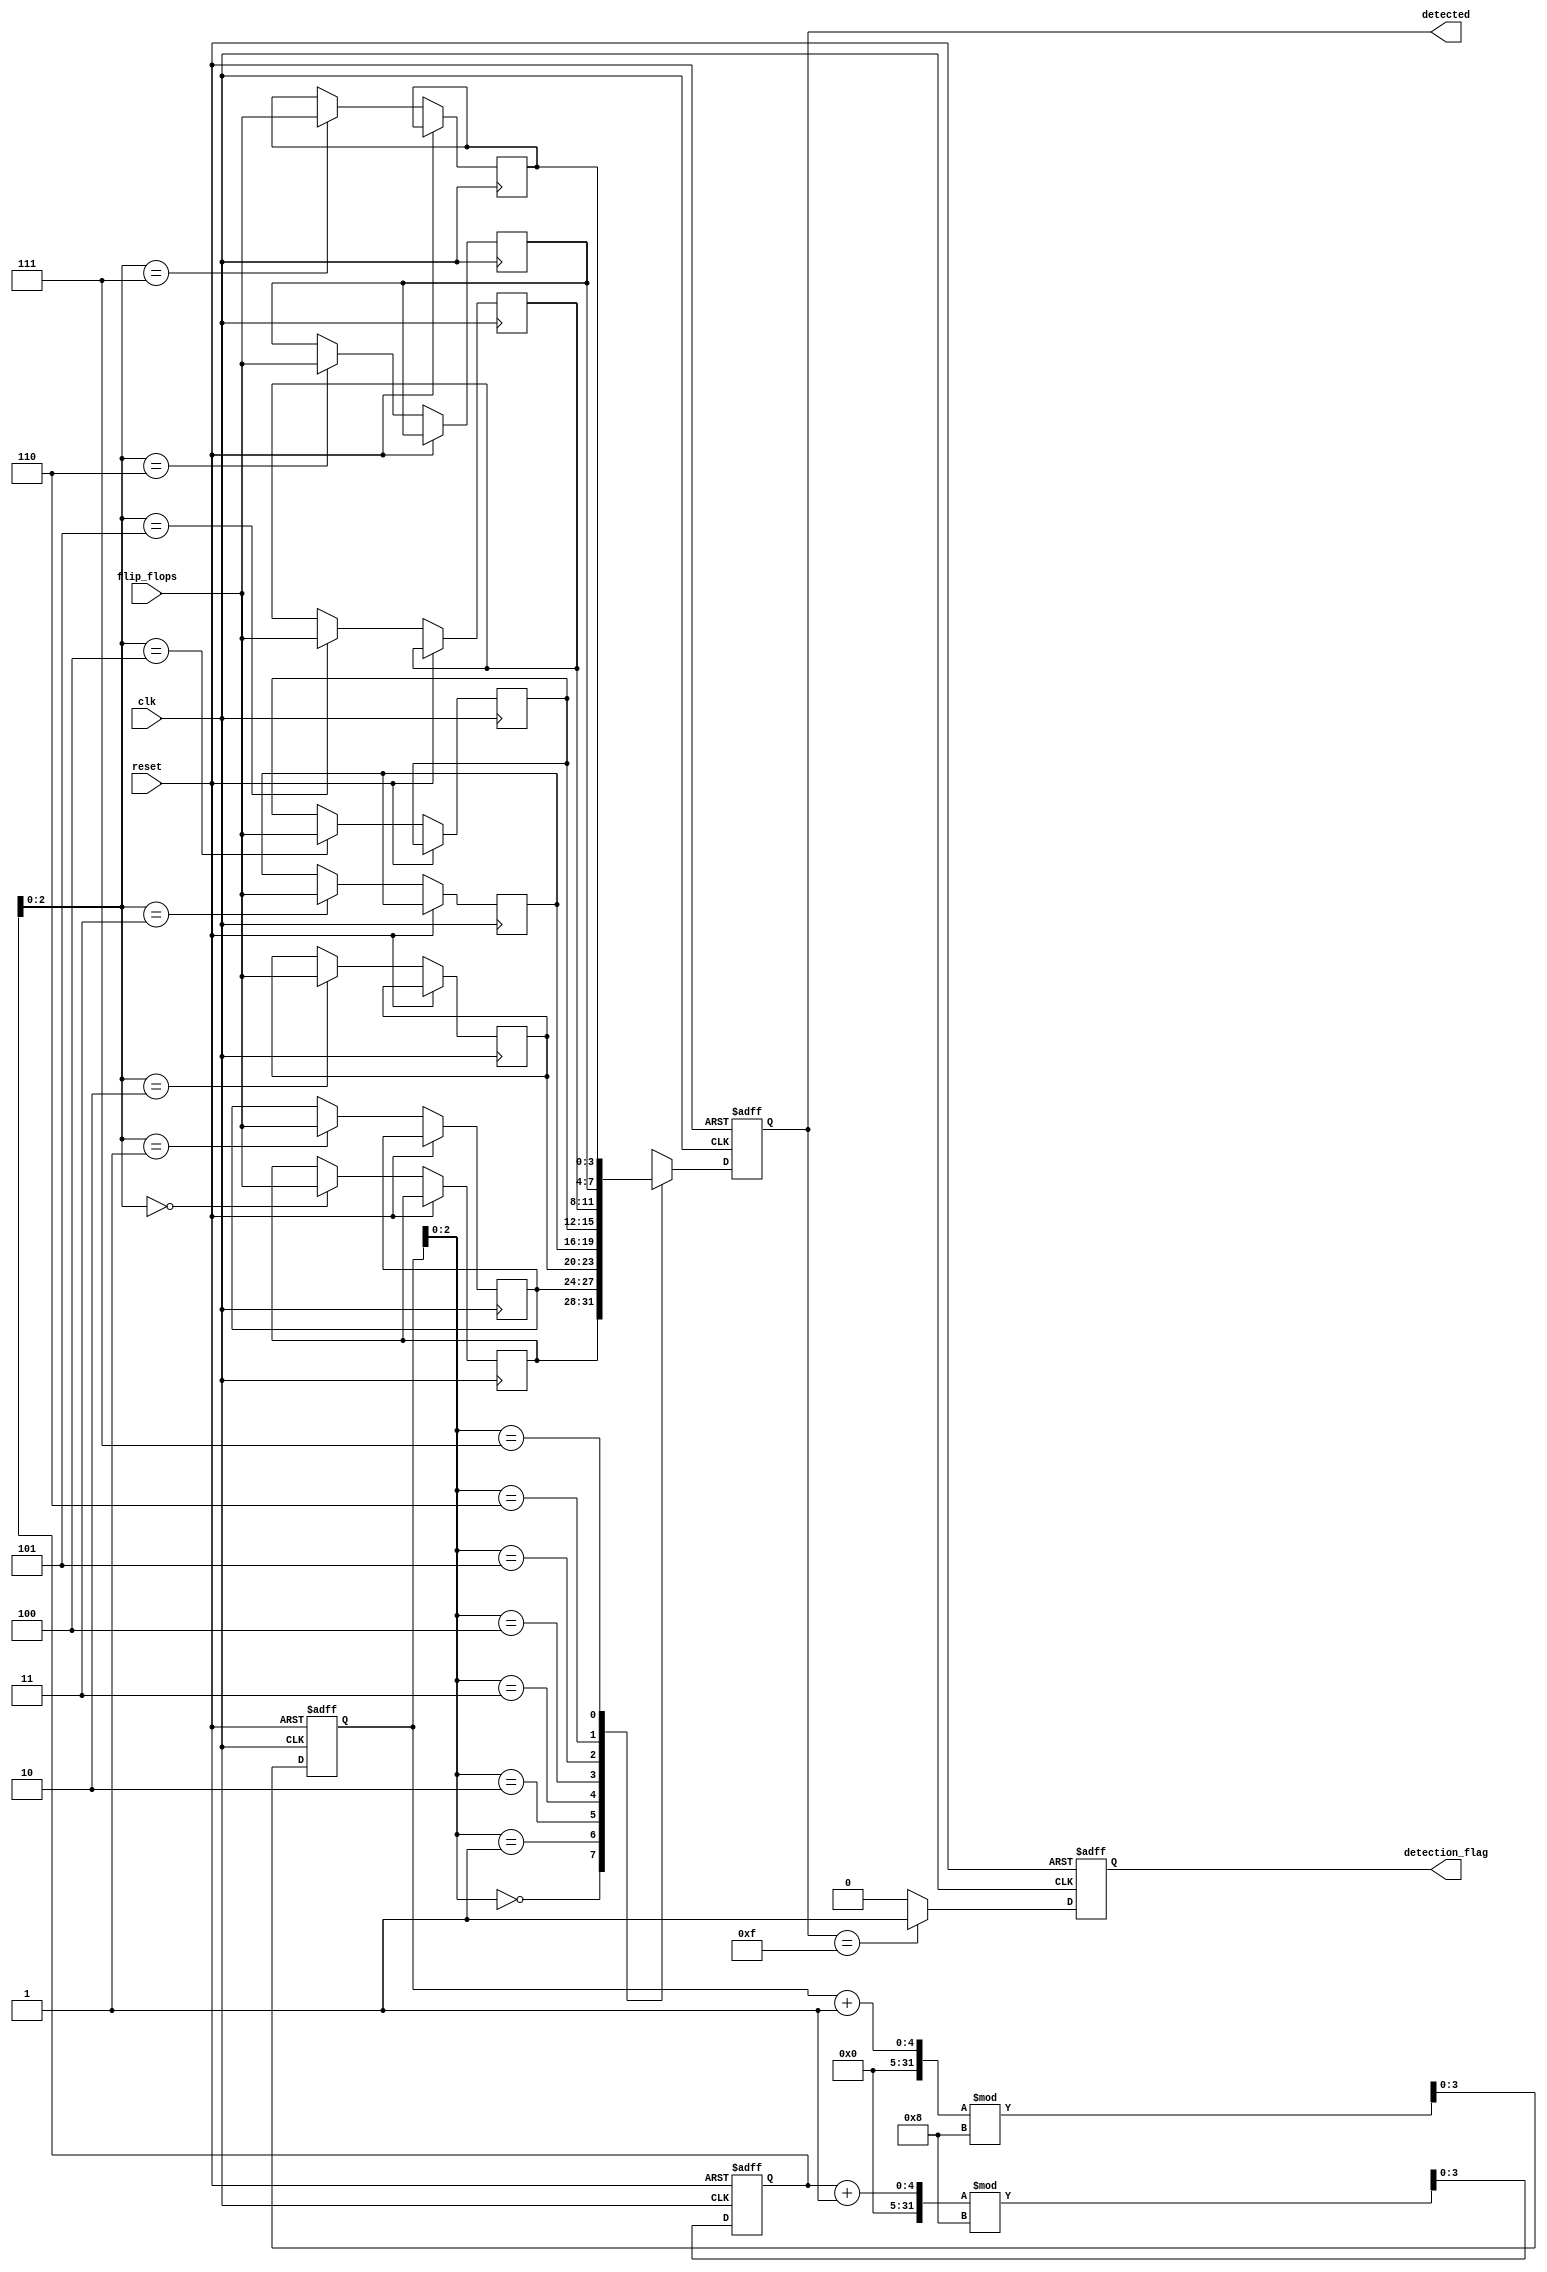
module FlipFlopDetector #(
    parameter NUM_FLIP_FLOPS = 4, // Number of flip-flops to monitor
    parameter MEMORY_DEPTH = 8     // Depth of memory blocks
)(
    input wire clk,                // Clock signal
    input wire reset,              // Reset signal
    input wire [NUM_FLIP_FLOPS-1:0] flip_flops, // Flip-flop inputs
    output reg [NUM_FLIP_FLOPS-1:0] detected, // Detected flip-flop states
    output reg detection_flag       // Flag indicating detection
);

    // Memory blocks to store the states of flip-flops
    reg [NUM_FLIP_FLOPS-1:0] memory [0:MEMORY_DEPTH-1];
    reg [3:0] write_pointer; // Pointer for writing to memory
    reg [3:0] read_pointer;  // Pointer for reading from memory

    // Control Logic
    always @(posedge clk or posedge reset) begin
        if (reset) begin
            write_pointer <= 0;
            read_pointer <= 0;
            detected <= 0;
            detection_flag <= 0;
        end else begin
            // Write current flip-flop states to memory
            memory[write_pointer] <= flip_flops;
            write_pointer <= (write_pointer + 1) % MEMORY_DEPTH;

            // Read the last stored state for detection
            detected <= memory[read_pointer];
            read_pointer <= (read_pointer + 1) % MEMORY_DEPTH;

            // Detection Logic
            // Example: Detect if all flip-flops are set (1)
            if (detected == {NUM_FLIP_FLOPS{1'b1}}) begin
                detection_flag <= 1;
            end else begin
                detection_flag <= 0;
            end
        end
    end

endmodule